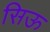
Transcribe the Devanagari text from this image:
सिऊ